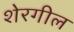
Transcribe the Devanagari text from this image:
शेरगील